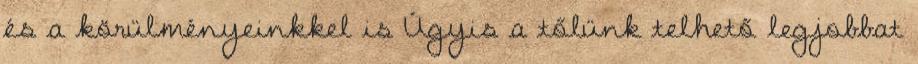
és a körülményeinkkel is Úgyis a tőlünk telhető legjobbat